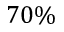
7 0 \%